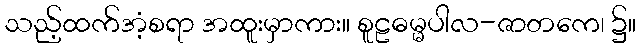
သည့်ထက်အံ့စရာ အထူးမှာကား။ စူဠဓမ္မပါလ-ဇာတကေ၊ ၌။